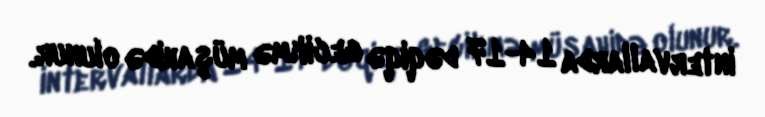
intervallarda 14-17 dəqiqə gecikmə müşahidə olunur.